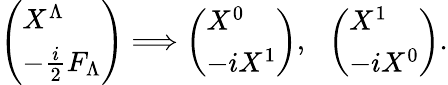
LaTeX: \left(\begin{array}{l}{{X^{\Lambda}}}\\ {{-{\frac{i}{2}}F_{\Lambda}}}\end{array}\right)\Longrightarrow\left(\begin{array}{l}{{X^{0}}}\\ {{-iX^{1}}}\end{array}\right),~~\left(\begin{array}{l}{{X^{1}}}\\ {{-iX^{0}}}\end{array}\right).